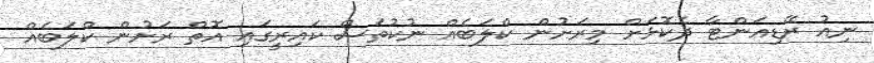
ނިއު ރޭޑިއަންޓާ ދެކޮޅަށް މިރަށުން ކްލަބެއް ނުކުތަސް ކައިރީގައި އޮޮތް ރަށުން ކްލަބެއް